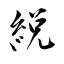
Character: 綐